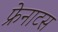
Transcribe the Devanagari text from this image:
फ्रेनाटस